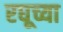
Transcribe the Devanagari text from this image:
रघूच्या